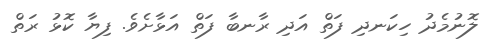
ލޮނުމެދު ހިކަނދި ފަތް އަދި ރާނބާ ފަތް އަޅާށެވެ. ފިޔާ ކޮޅު ރަތް